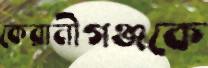
কেরানীগঞ্জকে